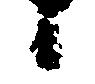
候